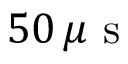
5 0 \, \mu \mathrm { ~ s ~ }